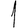
Digit: 1